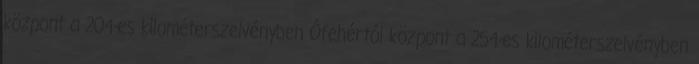
központ a 204-es kilométerszelvényben Ófehértói központ a 254-es kilométerszelvényben